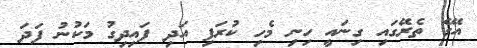
އޭގެ ތެރޭގައި ގިނައީ ހިނި މެހި ކުރަފި އަދި ފައިދިގު މަކުނު ފަދަ